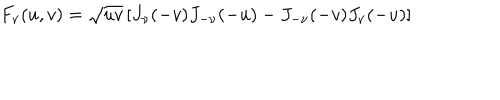
F _ { \nu } ( u , v ) = \sqrt { u v } \left[ J _ { \nu } ( - v ) J _ { - \nu } ( - u ) - J _ { - \nu } ( - v ) J _ { \nu } ( - u ) \right]